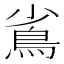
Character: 䲵